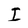
Character: I